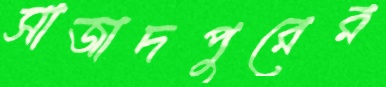
সাজাদপুরের